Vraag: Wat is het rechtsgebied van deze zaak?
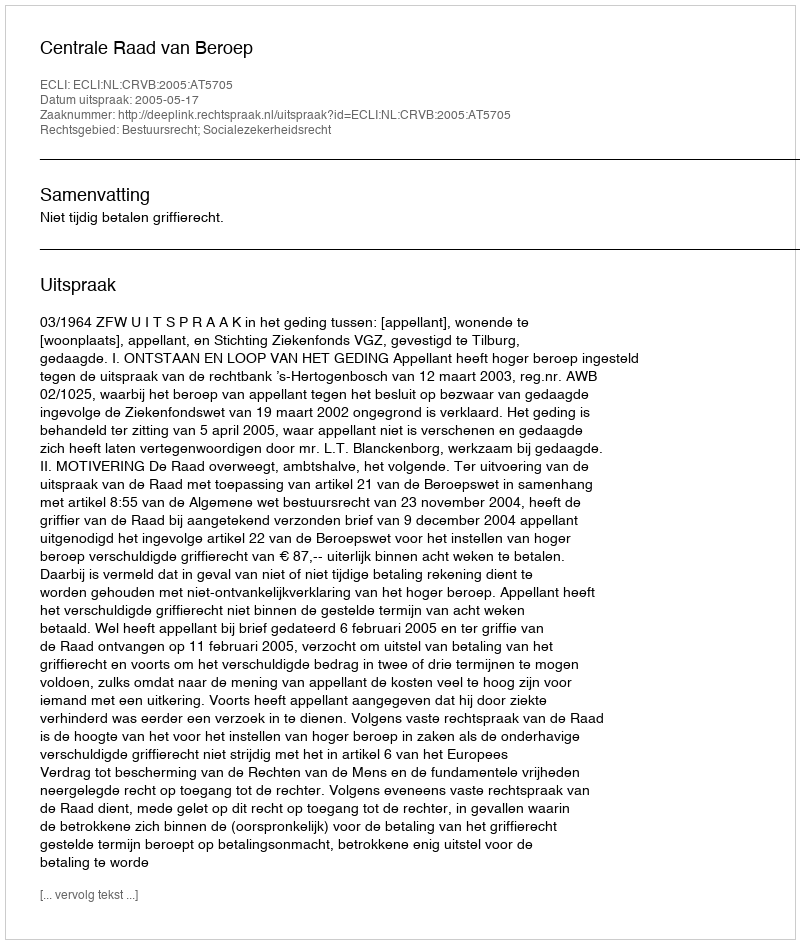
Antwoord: Bestuursrecht; Socialezekerheidsrecht